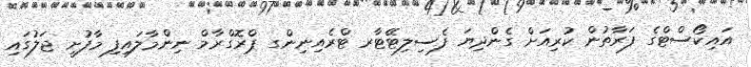
އައިކޯސްޓްގެ ފަރާތުން ކުރިއަށް ގެންދިޔަ ފެސިލިޓޭޓާރ ޓްރެއިނިންގ ޕްރޮގްރާމް ނިންމާލައިފި މާފުށީ ޖަލުގައި